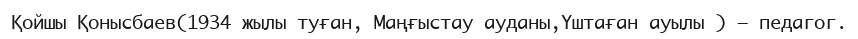
Қойшы Қонысбаев(1934 жылы туған, Маңғыстау ауданы,Үштаған ауылы ) – педагог.